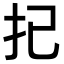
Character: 𢩽